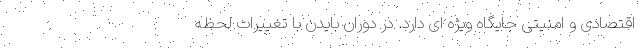
اقتصادی و امنیتی جایگاه ویژه ای دارد. در دوران بایدن با تغییرات لحظه